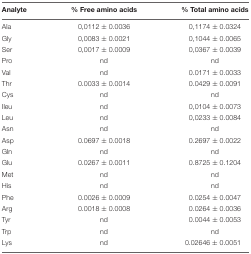
<table><thead><tr><td><b>Analyte</b></td><td><b>% Free amino acids</b></td><td><b>% Total amino acids</b></td></tr></thead><tbody><tr><td>Ala</td><td>0,0112 ± 0.0036</td><td>0,1174 ± 0.0324</td></tr><tr><td>Gly</td><td>0,0083 ± 0.0021</td><td>0,1044 ± 0.0065</td></tr><tr><td>Ser</td><td>0,0017 ± 0.0009</td><td>0,0367 ± 0.0039</td></tr><tr><td>Pro</td><td>nd</td><td>nd</td></tr><tr><td>Val</td><td>nd</td><td>0.0171 ± 0.0033</td></tr><tr><td>Thr</td><td>0.0033 ± 0.0014</td><td>0.0429 ± 0.0091</td></tr><tr><td>Cys</td><td>nd</td><td>nd</td></tr><tr><td>Ileu</td><td>nd</td><td>0,0104 ± 0.0073</td></tr><tr><td>Leu</td><td>nd</td><td>0,0233 ± 0.0084</td></tr><tr><td>Asn</td><td>nd</td><td>nd</td></tr><tr><td>Asp</td><td>0.0697 ± 0.0018</td><td>0.2697 ± 0.0022</td></tr><tr><td>Gln</td><td>nd</td><td>nd</td></tr><tr><td>Glu</td><td>0.0267 ± 0.0011</td><td>0.8725 ± 0.1204</td></tr><tr><td>Met</td><td>nd</td><td>nd</td></tr><tr><td>His</td><td>nd</td><td>nd</td></tr><tr><td>Phe</td><td>0.0026 ± 0.0009</td><td>0.0254 ± 0.0047</td></tr><tr><td>Arg</td><td>0.0018 ± 0.0008</td><td>0.0264 ± 0.0036</td></tr><tr><td>Tyr</td><td>nd</td><td>0.0044 ± 0.0053</td></tr><tr><td>Trp</td><td>nd</td><td>nd</td></tr><tr><td>Lys</td><td>nd</td><td>0.02646 ± 0.0051</td></tr></tbody></table>